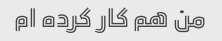
من هم کار کرده ام